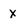
Character: x